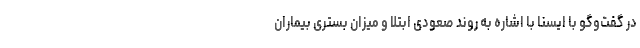
در گفت‌وگو با ایسنا با اشاره به روند صعودی ابتلا و میزان بستری بیماران